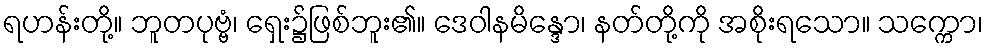
ရဟန်းတို့။ ဘူတပုဗ္ဗံ၊ ရှေး၌ဖြစ်ဘူး၏။ ဒေဝါနမိန္ဒော၊ နတ်တို့ကို အစိုးရသော။ သက္ကော၊